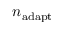
n _ { \mathrm { a d a p t } }